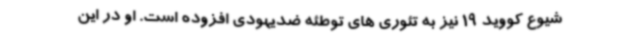
شیوع کووید 19 نیز به تئوری های توطئه ضدیهودی افزوده است. او در این